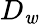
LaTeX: D_{\mathit{w}}